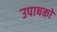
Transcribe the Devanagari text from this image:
उपाषकों